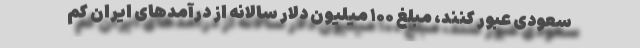
سعودی عبور کنند، مبلغ ۱۰۰ میلیون دلار سالانه از درآمدهای ایران کم